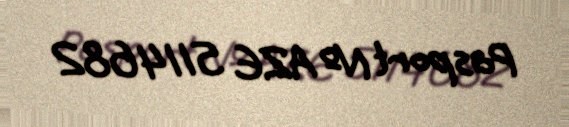
Pasport № AZE 5114682